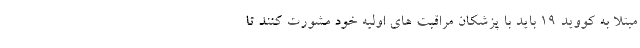
مبتلا به کووید ۱۹ باید با پزشکان مراقبت های اولیه خود مشورت کنند تا